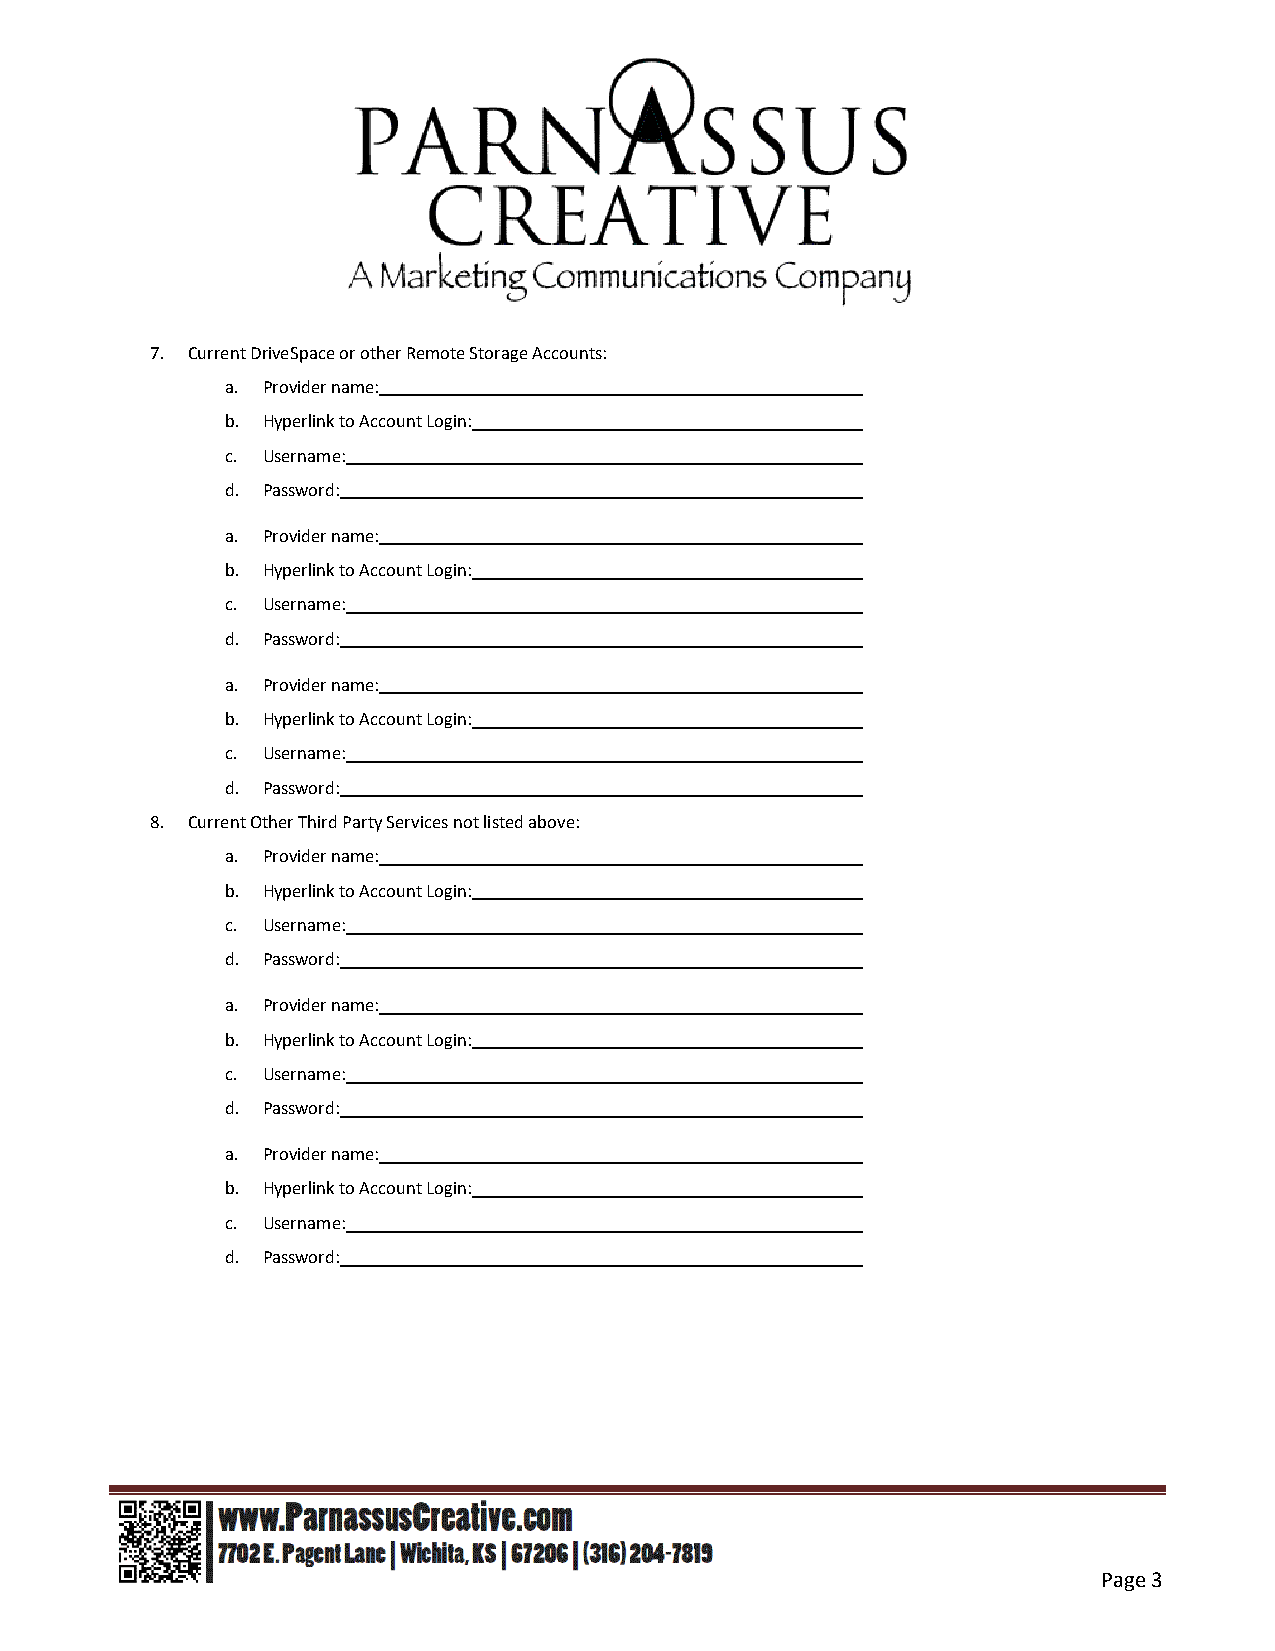
7. Current DriveSpace or other Remote Storage Accounts:
 a. Provider name:
 b. Hyperlink to Account Login:
 c. Username:
 d. Password:
 a. Provider name:
 b. Hyperlink to Account Login:
 c. Username:
 d. Password:
 a. Provider name:
 b. Hyperlink to Account Login:
 c. Username:
 d. Password:
 8. Current Other Third Party Services not listed above:
 a. Provider name:
 b. Hyperlink to Account Login:
 c. Username:
 d. Password:
 a. Provider name:
 b. Hyperlink to Account Login:
 c. Username:
 d. Password:
 a. Provider name:
 b. Hyperlink to Account Login:
 c. Username:
 d. Password:
 Page 3